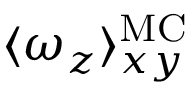
\langle \omega _ { z } \rangle _ { x y } ^ { \mathrm { M C } }